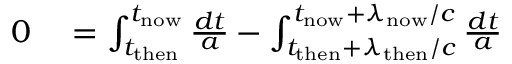
\begin{array} { r l } { 0 } & { { } = \int _ { t _ { \mathrm { t h e n } } } ^ { t _ { \mathrm { n o w } } } { \frac { d t } { a } } - \int _ { t _ { \mathrm { t h e n } } + \lambda _ { \mathrm { t h e n } } / c } ^ { t _ { \mathrm { n o w } } + \lambda _ { \mathrm { n o w } } / c } { \frac { d t } { a } } } \end{array}